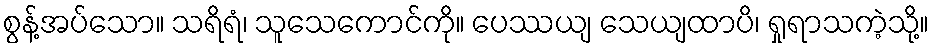
စွန့်အပ်သော။ သရိရံ၊ သူသေကောင်ကို။ ပေဿယျ သေယျထာပိ၊ ရှုရာသကဲ့သို့။